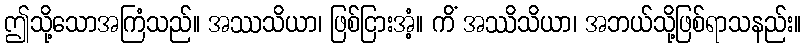
ဤသို့သောအကြံသည်။ အဿသိယာ၊ ဖြစ်ငြားအံ့။ ကိံ အဿိသိယာ၊ အဘယ်သို့ဖြစ်ရာသနည်း။